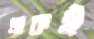
গ্রাফই